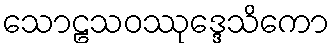
သောဠသဝဿုဒ္ဒေသိကော